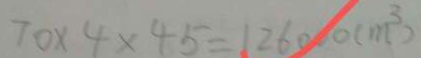
7 0 \times 4 \times 4 5 = 1 2 6 0 0 ( m ^ { 3 } )